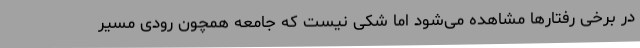
در برخی رفتارها مشاهده می‌شود اما شکی نیست که جامعه همچون رودی مسیر